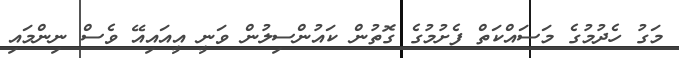
މަގު ހެދުމުގެ މަސައްކަތް ފެށުމުގެ ގޮތުން ކައުންސިލުން ވަނީ އީއައިއޭ ވެސް ނިންމައި